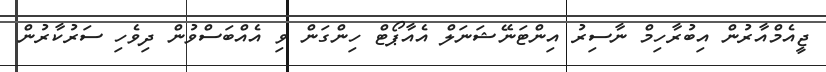
ޖީއެމްއާރުން އިބުރާހިމް ނާސިރު އިންޓަނޭޝަނަލް އެއާޕޯޓް ހިންގަން ވި އެއްބަސްވުން ދިވެހި ސަރުކާރުން